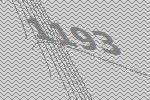
1193